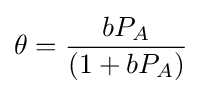
\theta ={bP_{A} \over (1+bP_{A})}